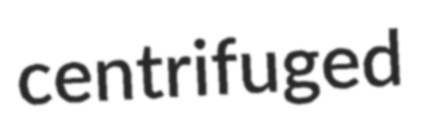
centrifuged